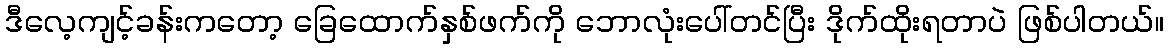
ဒီလေ့ကျင့်ခန်းကတော့ ခြေထောက်နှစ်ဖက်ကို ဘောလုံးပေါ်တင်ပြီး ဒိုက်ထိုးရတာပဲ ဖြစ်ပါတယ်။